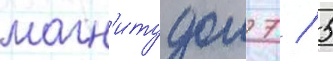
магн'итудои 7 / 5